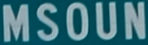
MSOUN